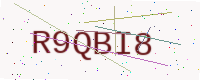
Text: R9QBI8